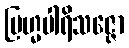
ဗြဟ္မပါရိသဇ္ဇော